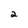
Character: 2